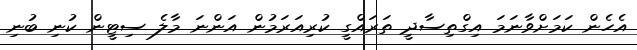
އެހެން ކަމަށްވާނަމަ އިގްތިސާދީ ތަރައްގީ ކުރިއަރަމުން އަންނަ މާލެ ސިޓީން ކުނި ބުނި